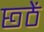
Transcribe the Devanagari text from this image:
छ्ठें